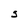
Character: S